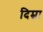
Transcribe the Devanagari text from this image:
दिम्ना